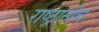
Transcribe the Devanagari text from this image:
राष्ट्रांनीच